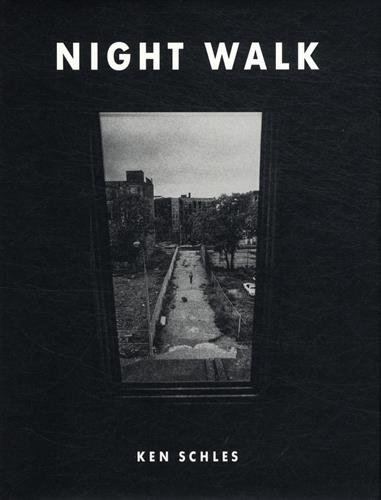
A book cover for Ken Schles: Night Walk; Arts & Photography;